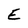
Character: E